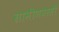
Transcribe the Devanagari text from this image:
ग्रामीणवासी